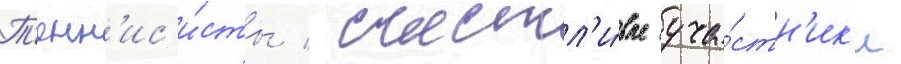
Т'енн'ис'и́сты / счастл'и́вые уча́стн'ик'и